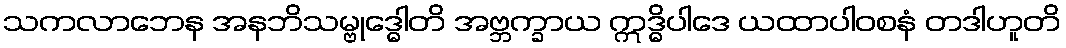
သကလာဘေန အနဘိသမ္ဗုဒ္ဓေါတိ အဗ္ဘက္ခာယ ဣဒ္ဓိပါဒေ ယထာပါဝစနံ တဒါဟူတိ